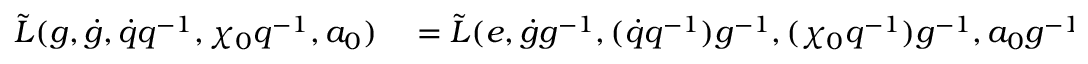
\begin{array} { r l } { \tilde { L } ( g , \dot { g } , \dot { q } q ^ { - 1 } , \chi _ { 0 } q ^ { - 1 } , a _ { 0 } ) } & { { } = \tilde { L } ( e , \dot { g } g ^ { - 1 } , ( \dot { q } q ^ { - 1 } ) g ^ { - 1 } , ( \chi _ { 0 } q ^ { - 1 } ) g ^ { - 1 } , a _ { 0 } g ^ { - 1 } ) } \end{array}